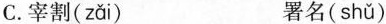
C.宰割( zǎi ) 署名( shǔ )